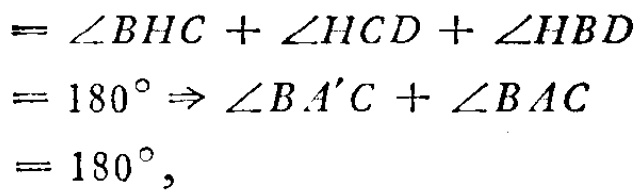
$= \angle BHC + \angle HCD + \angle HBD\\
= 180^{\circ} \Rightarrow \angle BA'C + \angle BAC\\
= 180^{\circ},$